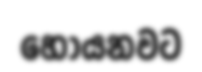
හොයනවට